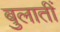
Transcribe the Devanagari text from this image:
बुलातीं